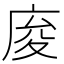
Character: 𢈡